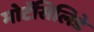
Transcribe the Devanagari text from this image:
मोटॅसिलिडे